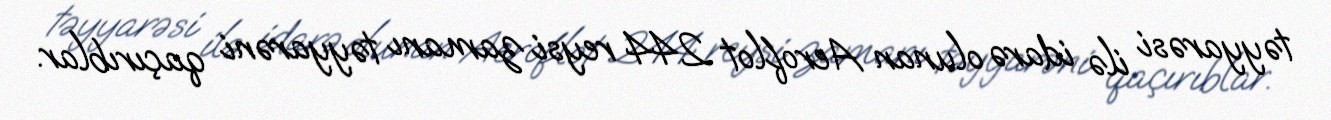
təyyarəsi ilə idarə olunan Aeroflot 244 reysi zamanı təyyarəni qaçırıblar.